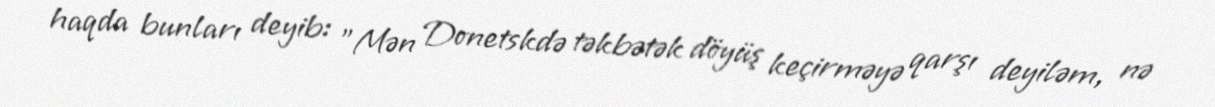
haqda bunları deyib: "Mən Donetskdə təkbətək döyüş keçirməyə qarşı deyiləm, nə